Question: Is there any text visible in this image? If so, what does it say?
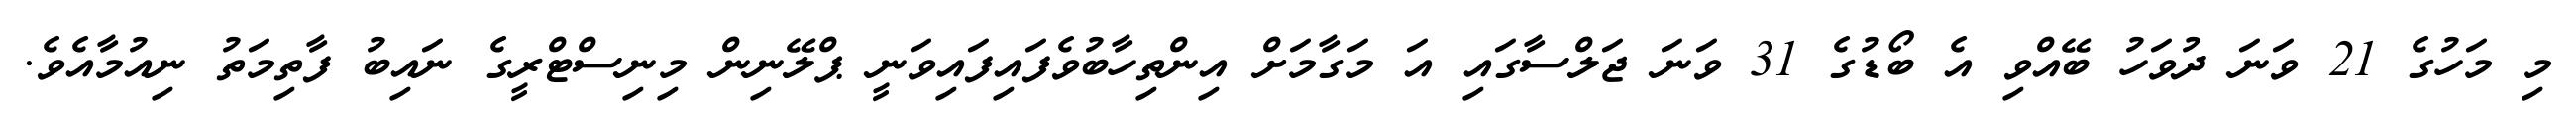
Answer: މި މަހުގެ 21 ވަނަ ދުވަހު ބޭއްވި އެ ބޯޑުގެ 31 ވަނަ ޖަލްސާގައި އަ މަގާމަށް އިންތިހާބުވެފައިފައިވަނީ ޕްލޭނިން މިނިސްޓްރީގެ ނައިބު ފާތިމަތު ނިއުމާއެވެ.